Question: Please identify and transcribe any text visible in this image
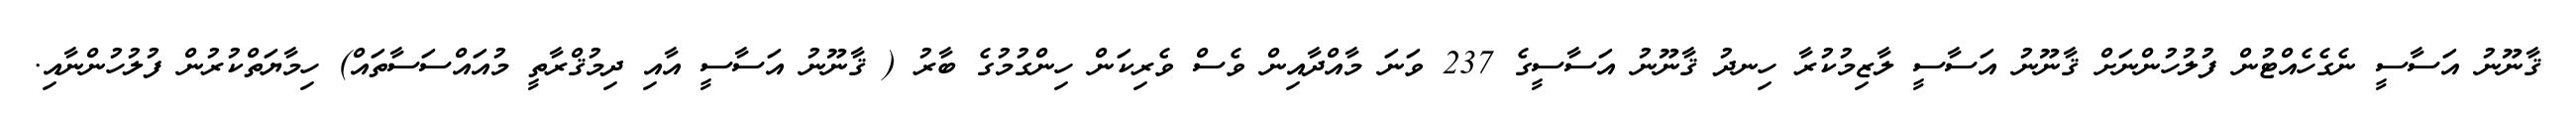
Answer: ޤާނޫނު އަސާސީ ނެގެހެއްޓުން ފުލުހުންނަށް ޤާނޫނު އަސާސީ ލާޒިމުކުރާ ހިނދު ޤާނޫނު އަސާސީގެ 237 ވަނަ މާއްދާއިން ވެސް ވެރިކަން ހިންގުމުގެ ބާރު ( ޤާނޫނު އަސާސީ އާއި ދިމުޤްރާތީ މުއައްސަސާތައް) ހިމާޔަތްކުރުން ފުލުހުންނާއި.